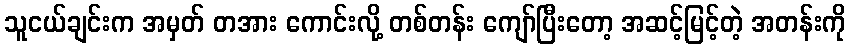
သူငယ်ချင်းက အမှတ် တအား ကောင်းလို့ တစ်တန်း ကျော်ပြီးတော့ အဆင့်မြင့်တဲ့ အတန်းကို